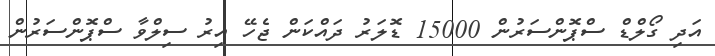
އަދި ގޯލްޑް ސްޕޮންސަރުން 15000 ޑޮލަރު ދައްކަން ޖެހޭ އިރު ސިލްވާ ސްޕޮންސަރުން